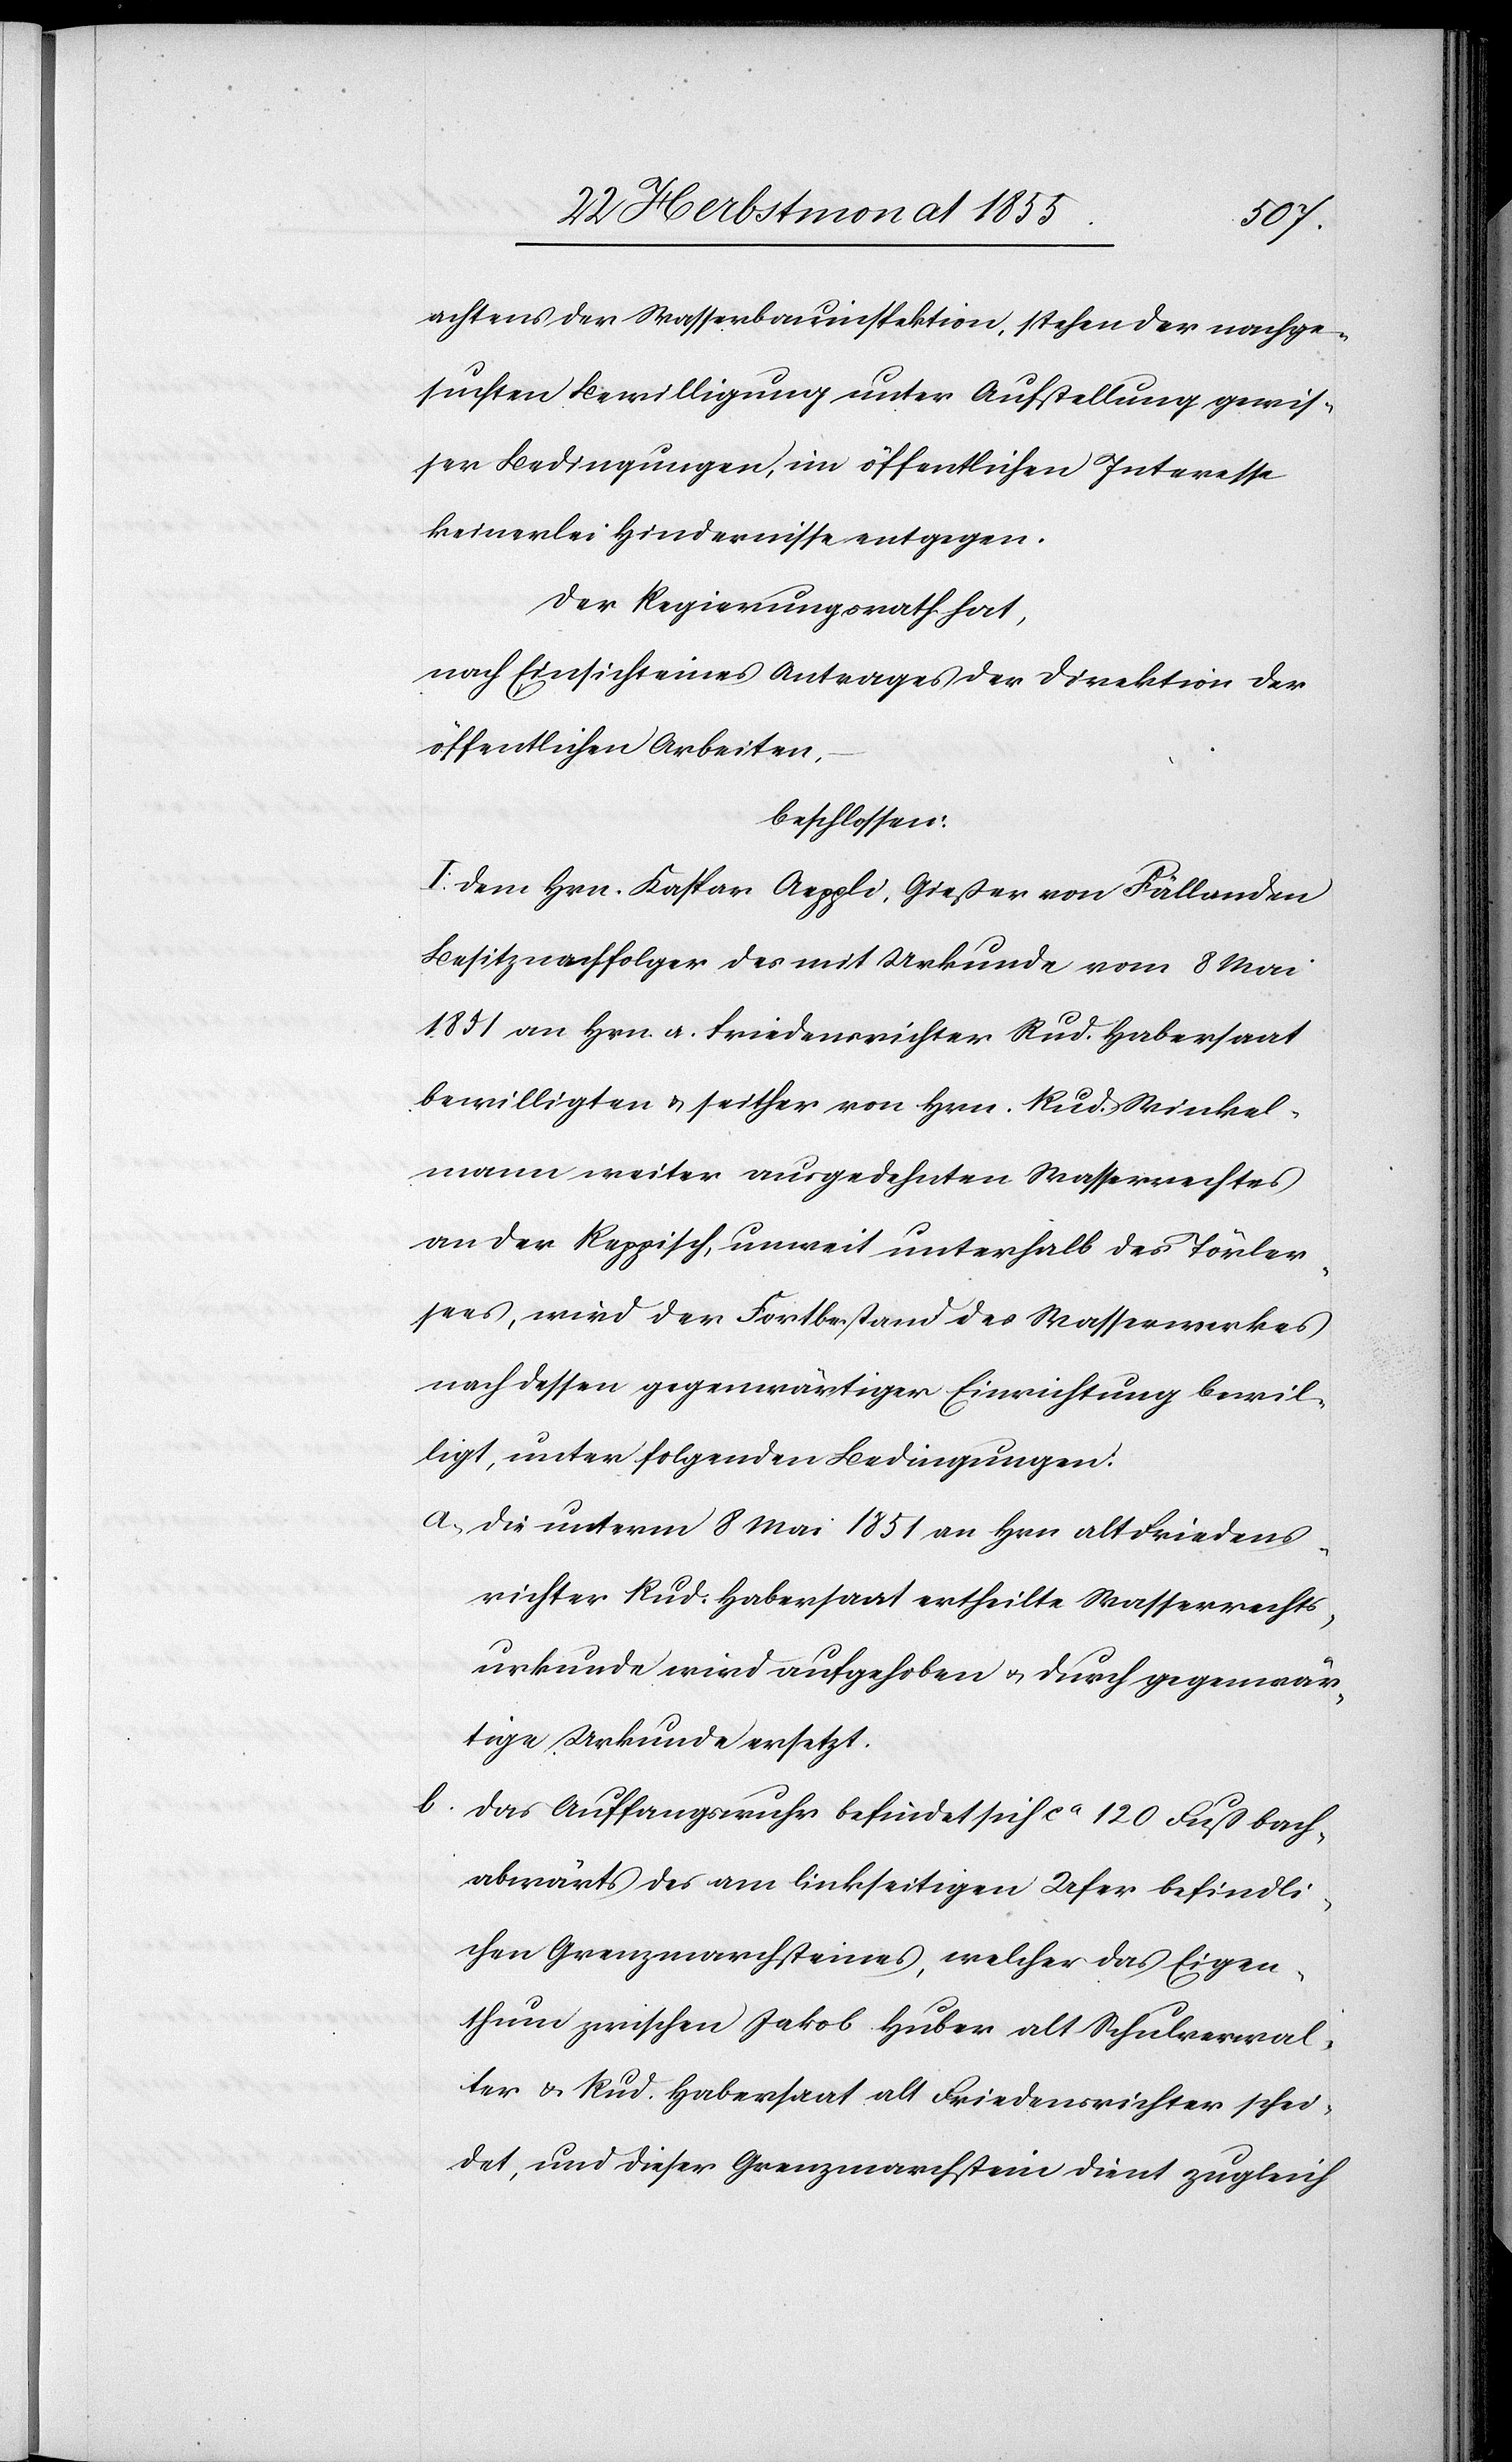
achtens der Wasserbauinspektion, stehen der nachge¬
suchten Bewilligung unter Aufstellung gewis¬
ser Bedingungen, im öffentlichen Interesse
keinerlei Hindernisse entgegen.
Der Regierungsrath hat,
nach Einsicht eines Antrages der Direktion der
öffentlichen Arbeiten,
beschlossen:
I. Dem Hrn. Kaspar Aeppli, Gießer von Fällanden[,]
Besitznachfolger des mit Urkunde vom 8 Mai
1851 an Hrn. a. Friedensrichter Rud. Habersaat
bewilligten & seither von Hrn. Rud. Winkel¬
mann weiter ausgedehnten Wasserrechtes
an der Reppisch, unweit unterhalb des Törler¬
sees, wird der Fortbestand des Wasserwerkes
nach dessen gegenwärtiger Einrichtung bewil¬
ligt, unter folgenden Bedingungen:
Die unterm 8 Mai 1851 an Hrn alt Friedens¬
richter Rud. Habersaat ertheilte Wasserrechts¬
urkunde wird aufgehoben & durch gegenwär¬
tige Urkunde ersetzt.
Das Auffangswuhr befindet sich ca 120 Fuß bach¬
abwärts des am linkseitigen Ufer befindli¬
chen Grenzmarchsteines, welcher das Eigen¬
thum zwischen Jakob Huber alt Schulverwal¬
ter & Rud. Habersaat alt Friedensrichter schei¬
det, und dieser Grenzmarchstein dient zugleich